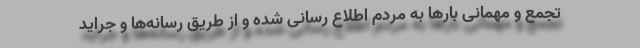
تجمع و مهمانی بارها به مردم اطلاع رسانی شده و از طریق رسانه‌ها و جراید